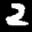
Label: 2